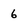
Character: 6